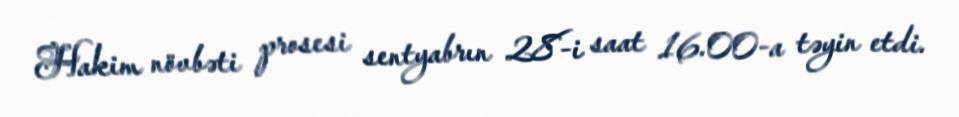
Hakim növbəti prosesi sentyabrın 28-i saat 16.00-a təyin etdi.